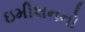
ઇમીશનનો